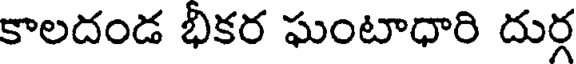
కాలదండ భికర ఘంటాధారి దుర్గ